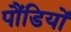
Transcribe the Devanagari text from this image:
पौंडियों